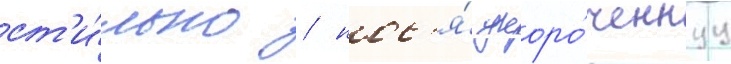
ст'и́льно / нос'я́ укоро́ченнуу